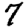
Digit: 7